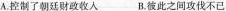
A.控制了朝廷财政收入B.彼此之间攻伐不已